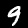
Label: 9